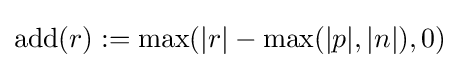
\operatorname {add} (r):=\max(|r|-\max(|p|,|n|),0)